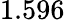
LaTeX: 1.596